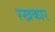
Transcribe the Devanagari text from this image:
रखकार